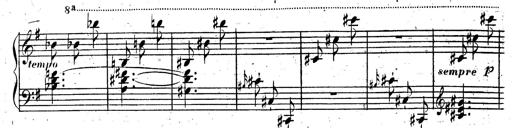
Title: Rondeau fantastique sur un thÃ¨me espagnol
Composer: Franz Liszt